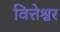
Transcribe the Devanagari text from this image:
वित्तेश्वर